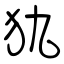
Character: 犰